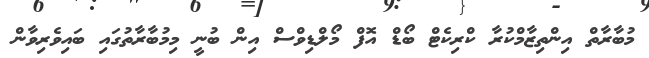
މުބާރާތް އިންތިޒާމްކުރާ ކްރިކެޓް ބޯޑް އޮފް މޯލްޑިވްސް އިން ބުނީ މިމުބާރާތުގައި ބައިވެރިވާން